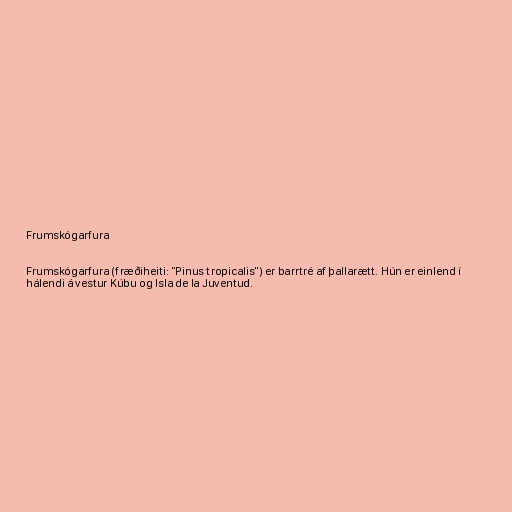
Frumskógarfura

Frumskógarfura (fræðiheiti: "Pinus tropicalis") er barrtré af þallarætt. Hún er einlend í
hálendi á vestur Kúbu og Isla de la Juventud.